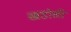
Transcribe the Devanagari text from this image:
खडोळी